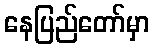
နေပြည်တော်မှာ